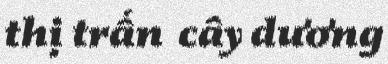
thị trấn cây dương